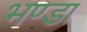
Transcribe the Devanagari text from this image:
भण्डा